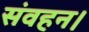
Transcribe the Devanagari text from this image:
संवहन।